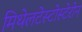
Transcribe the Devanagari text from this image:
मिथेलटेस्टोस्टेरोन